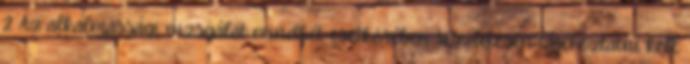
2 Az alkalmassági vizsgálat mindkét esetkörében részletesen tájékoztatni kell